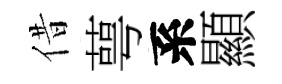
借萼系顯